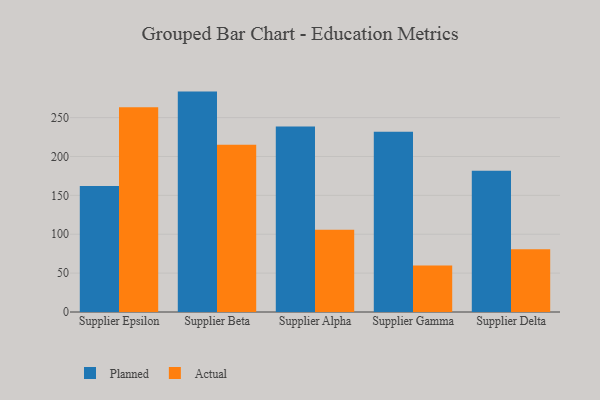
{"axis": {"x": "Supplier", "y": "Population (Million)"}, "legend": ["Actual", "Planned"], "data": [{"x": "Supplier Epsilon", "y": 162.1, "type": "Planned"}, {"x": "Supplier Epsilon", "y": 263.2, "type": "Actual"}, {"x": "Supplier Beta", "y": 283.4, "type": "Planned"}, {"x": "Supplier Beta", "y": 214.9, "type": "Actual"}, {"x": "Supplier Alpha", "y": 238.5, "type": "Planned"}, {"x": "Supplier Alpha", "y": 105.7, "type": "Actual"}, {"x": "Supplier Gamma", "y": 231.8, "type": "Planned"}, {"x": "Supplier Gamma", "y": 59.7, "type": "Actual"}, {"x": "Supplier Delta", "y": 181.5, "type": "Planned"}, {"x": "Supplier Delta", "y": 80.7, "type": "Actual"}]}